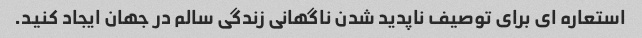
استعاره ای برای توصیف ناپدید شدن ناگهانی زندگی سالم در جهان ایجاد کنید.